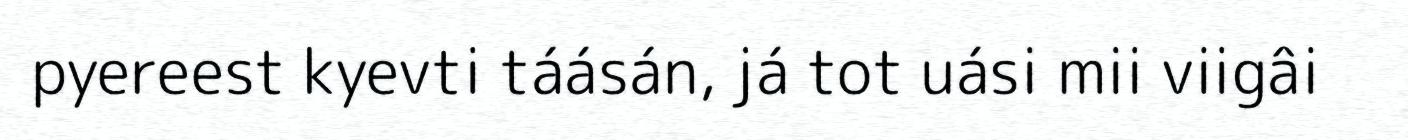
pyereest kyevti táásán, já tot uási mii viigâi